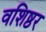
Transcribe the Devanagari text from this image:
वशिष्ठर